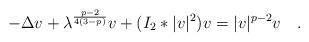
LaTeX: \begin{align*}-\Delta v+\lambda^{\frac{p-2}{4(3-p)}}v+(I_2*|v|^2)v=|v|^{p-2}v\quad.\end{align*}